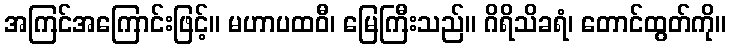
အကြင်အကြောင်းဖြင့်။ မဟာပထဝီ၊ မြေကြီးသည်။ ဂိရိသိခရံ၊ တောင်ထွတ်ကို။